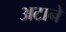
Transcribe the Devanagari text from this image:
अटाने